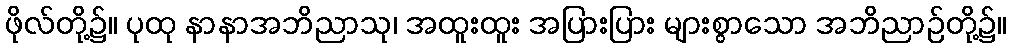
ဖိုလ်တို့၌။ ပုထု နာနာအဘိညာသု၊ အထူးထူး အပြားပြား များစွာသော အဘိညာဉ်တို့၌။